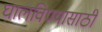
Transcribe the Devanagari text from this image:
घालविण्‍यासाठी